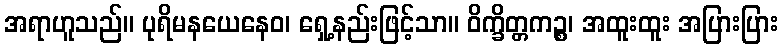
အရာဟူသည်။ ပုရိမနယေနေဝ၊ ရှေ့နည်းဖြင့်သာ။ ဝိက္ခိတ္တကဉ္စ၊ အထူးထူး အပြားပြား